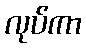
လုပ်ကာ